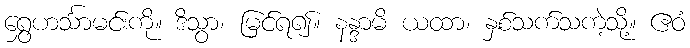
ရွှေဟင်္သာမင်းကို။ ဒိသွာ၊ မြင်ရ၍။ နန္ဒာမိ ယထာ၊ နှစ်သက်သကဲ့သို့။ ဧဝံ